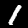
Digit: 1